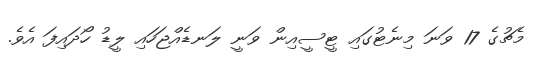
މެޗުގެ 17 ވަނަ މިނެޓުގައި ޓީސީއިން ވަނީ ލަނޑެއްޖަހައި ލީޑު ހޯދައިފަ އެވެ.